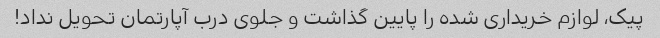
پیک، لوازم خریداری شده را پایین گذاشت و جلوی درب آپارتمان تحویل نداد!